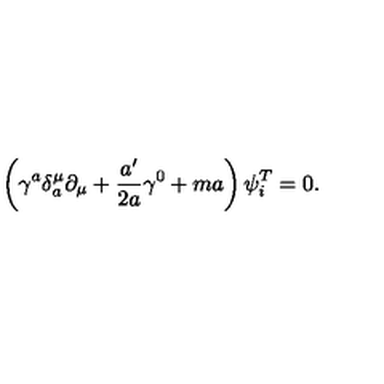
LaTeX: \left( \gamma ^ { a } \delta _ { a } ^ { \mu } \partial _ { \mu } + \frac { a ^ { \prime } } { 2 a } \gamma ^ { 0 } + m a \right) \psi _ { i } ^ { T } = 0 .